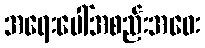
အရေးပေါ်အစည်းအဝေး